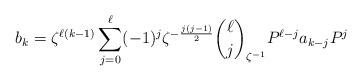
LaTeX: \begin{align*} b_k = \zeta^{\ell(k-1)} \sum_{j=0}^\ell (-1)^j \zeta^{-\frac{j(j-1)}{2}} \binom{\ell}{j}_{\zeta^{-1}}P^{\ell-j} a_{k-j} P^j \end{align*}